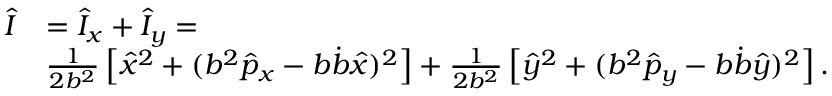
\begin{array} { r l } { \hat { I } } & { = \hat { I } _ { x } + \hat { I } _ { y } = } \\ & { \frac { 1 } { 2 b ^ { 2 } } \left[ \hat { x } ^ { 2 } + ( b ^ { 2 } \hat { p } _ { x } - b \dot { b } \hat { x } ) ^ { 2 } \right] + \frac { 1 } { 2 b ^ { 2 } } \left[ \hat { y } ^ { 2 } + ( b ^ { 2 } \hat { p } _ { y } - b \dot { b } \hat { y } ) ^ { 2 } \right] . } \end{array}